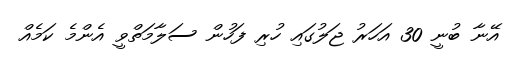
އޭނާ ބުނީ 30 އަހަރު ޖަލުގައި ހުރި ފަހުން ސަލާމަތްވީ އެންމެ ކަމެއް